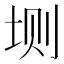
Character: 𫭮